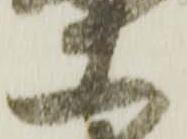
等